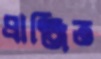
প্রাঞ্জিত